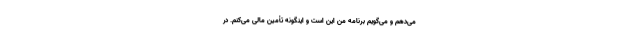
می‌دهم و می‌گویم برنامه من این است و اینگونه تأمین مالی می‌کنم. در